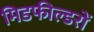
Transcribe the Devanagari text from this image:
मिडफील्डरों